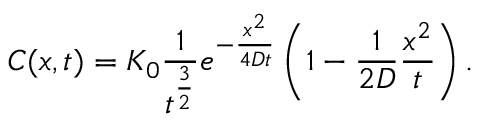
C ( x , t ) = K _ { 0 } \frac { 1 } { t ^ { \frac { 3 } { 2 } } } e ^ { - \frac { x ^ { 2 } } { 4 D t } } \left( 1 - \frac { 1 } { 2 D } \frac { x ^ { 2 } } { t } \right) .